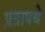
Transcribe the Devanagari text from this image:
प्रतापचे